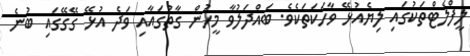
ލީފްލެޓްތަކުގައި ލިޔެއުޅޭ ވާހަކަތަކެވެ. ބައްދަލުވާ މީހުން ގާތުގައާއި ވަދެ އުޅޭ ގޭގޭގައި ބުނެ